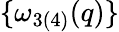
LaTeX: \{ \omega_{3(4)}(q)\}